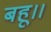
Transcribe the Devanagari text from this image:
बहू।।